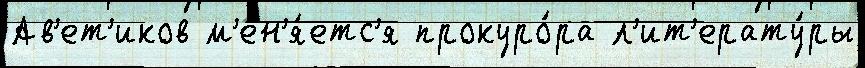
Ав'ет'иков м'ен'я́етс'я прокуро́ра л'ит'ерату́ры